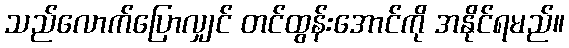
သည်လောက်ပြောလျှင် တင်ထွန်းအောင်ကို အနိုင်ရမည်။